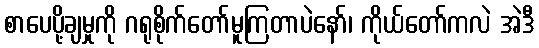
စာပေပို့ချမှုကို ဂရုစိုက်တော်မူကြတာပဲနော်၊ ကိုယ်တော်ကလဲ အဲဒီ